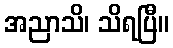
အညာသိ၊ သိရပြီ။